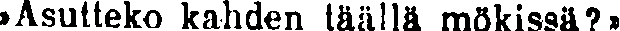
»Asutteko kahden täällä mökissä?»